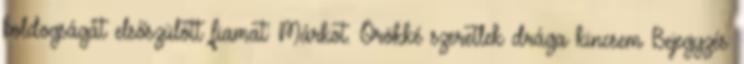
boldogságát elsőszülött fiamat: Márkot. Örökké szeretlek drága kincsem Bejegyzés: